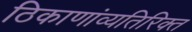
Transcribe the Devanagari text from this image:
ठिकाणांव्यतिरिक्त